Calcutta medical institutions reports 1892-1900
Year: 1892
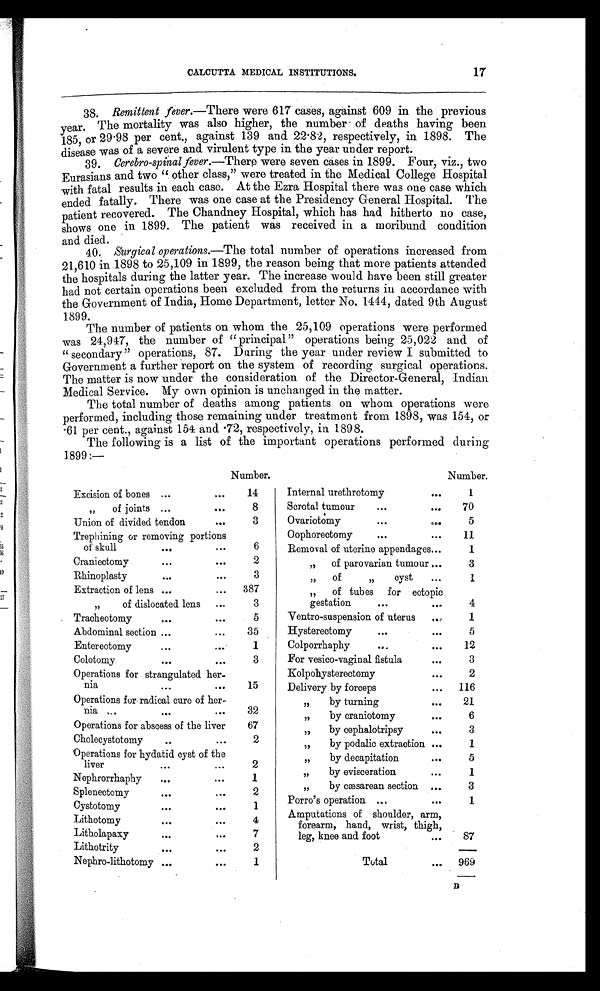
CALCUTTA MEDICAL INSTITUTIONS.
17
38. Remittent fever.—There were 617 cases, against 609 in the previous
year. The mortality was also higher, the number of deaths having been
185, or 29.98 per cent., against 139 and 22.82, respectively, in 1898. The
disease was of a severe and virulent type in the year under report.
39.
Cerebro-spinal fever.
—
T here were seven cases in 1899. Four, viz., two
Eurasians and two "other class," were treated in the Medical College Hospital
with fatal results in each case. At the Ezra Hospital there was one case which
ended fatally. There was one case at the Presidency General Hospital. The
patient recovered. The Chandney Hospital, which has had hitherto no case,
shows one in 1899. The patient was received in a moribund condition
and died.
40. Surgical operations.—The total number of operations increased from
21,610 in 1898 to 25,109 in 1899, the reason being that more patients attended
the hospitals during the latter year. The increase would have been still greater
had not certain operations been excluded from the returns in accordance with
the Government of India, Home Department, letter No. 1444, dated 9th August
1899.
The number of patients on whom the 25,109 operations were performed
was 24,947, the number of "principal " operations being 25,022 and of
"secondary" operations, 87. During the year under review I submitted to
Government a further report on the system of recording surgical operations.
The matter is now under the consideration of the Director-General, Indian
Medical Service. My own opinion is unchanged in the matter.
The total number of deaths among patients on whom operations were
performed, including those remaining under treatment from 1898, was 154, or
.61 per cent., against 154 and .72, respectively, in 1898.
The following is a list of the important operations performed during
1899:—
Number.
Number.
Excision of bones ...
. . .
14
Internal urethrotomy
...
1
,,
of joints ...
...
8
Scrotal tumour
...
. . .
70
Union of divided tendon
. . .
3
Ovariotomy
...
. . .
5
Trephining or removing portions
of skull
...
. . .
6
Oophorectomy
...
...
11
Removal of uterine appendages ...
1
Craniectomy
...
...
2
„
of parovarian tumour ...
3
Rhinoplasty
...
. . .
3
,,
of
,,
cyst
...
1
Extraction of lens ...
. . . 387
„
of tubes for
e c t o p i c
gestation
...
. . .
4
,,
of dislocated lens
...
3
Tracheotomy
...
. . .
5
Ventro-suspension of uterus
...
1
Abdominal section
... . . .
35
Hysterectomy
...
. . .
5
Entereotomy
...
. . .
1
Colporrhaphy
...
...
12
Colostomy
...
. . .
3
For vesico-vaginal fistula
...
3
Operations for strangulated her-
nia
...
...
1 5
Kolpohysterectomy
. . .
2
Delivery by forceps
...
116
Operations for radical cure of her-
nia
...
...
32
„
by turning
...
21
„
by craniotomy
...
6
Operations for abscess of the liver
6 7
„
by cephalotripsy
...
3
Cholecystotomy
..
. . .
2
„
by podalic extraction ...
1
Operations for hydatid cyst of
the l i ver ... ...
2
„
by decapitation
...
5
Nephrorrhaphy
...
. .
1
„
by evisceration
. . .
1
Splenectomy
...
. . .
2
„
by caæsarean section ...
3
Cystotomy
...
. . .
1
Porro's operation ...
...
1
L i t h o t o my . . . . . .
4
Amputations of shoulder, arm,
forearm, hand, wrist,thigh,
leg, knee and foot
. . .
87
Litholapaxy
... ...
7
Lithotrity
... ...
2
Nephro-lithotomy ...
. . .
1
Total
...
969
D